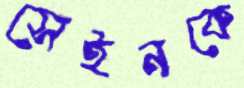
সেইনকে